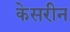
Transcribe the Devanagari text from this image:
केसरीन